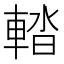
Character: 𨌭